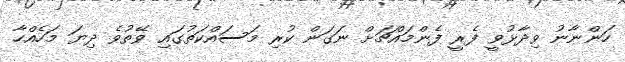
ހަންނާނު ވިދާޅުވީ ފެރީ ފެންމައްޗަށް ނަގަން ކުރި މަސައްކަތުގައި ވޭތުވެ ދިޔަ މަހެއްހާ